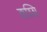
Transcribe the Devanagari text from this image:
कश्शि